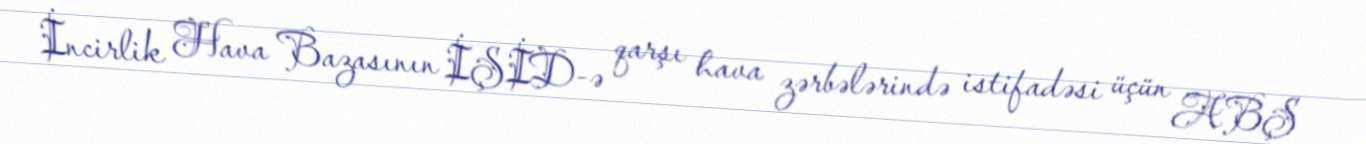
İncirlik Hava Bazasının İŞİD-ə qarşı hava zərbələrində istifadəsi üçün ABŞ